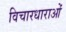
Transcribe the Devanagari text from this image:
विचारधाराओंं